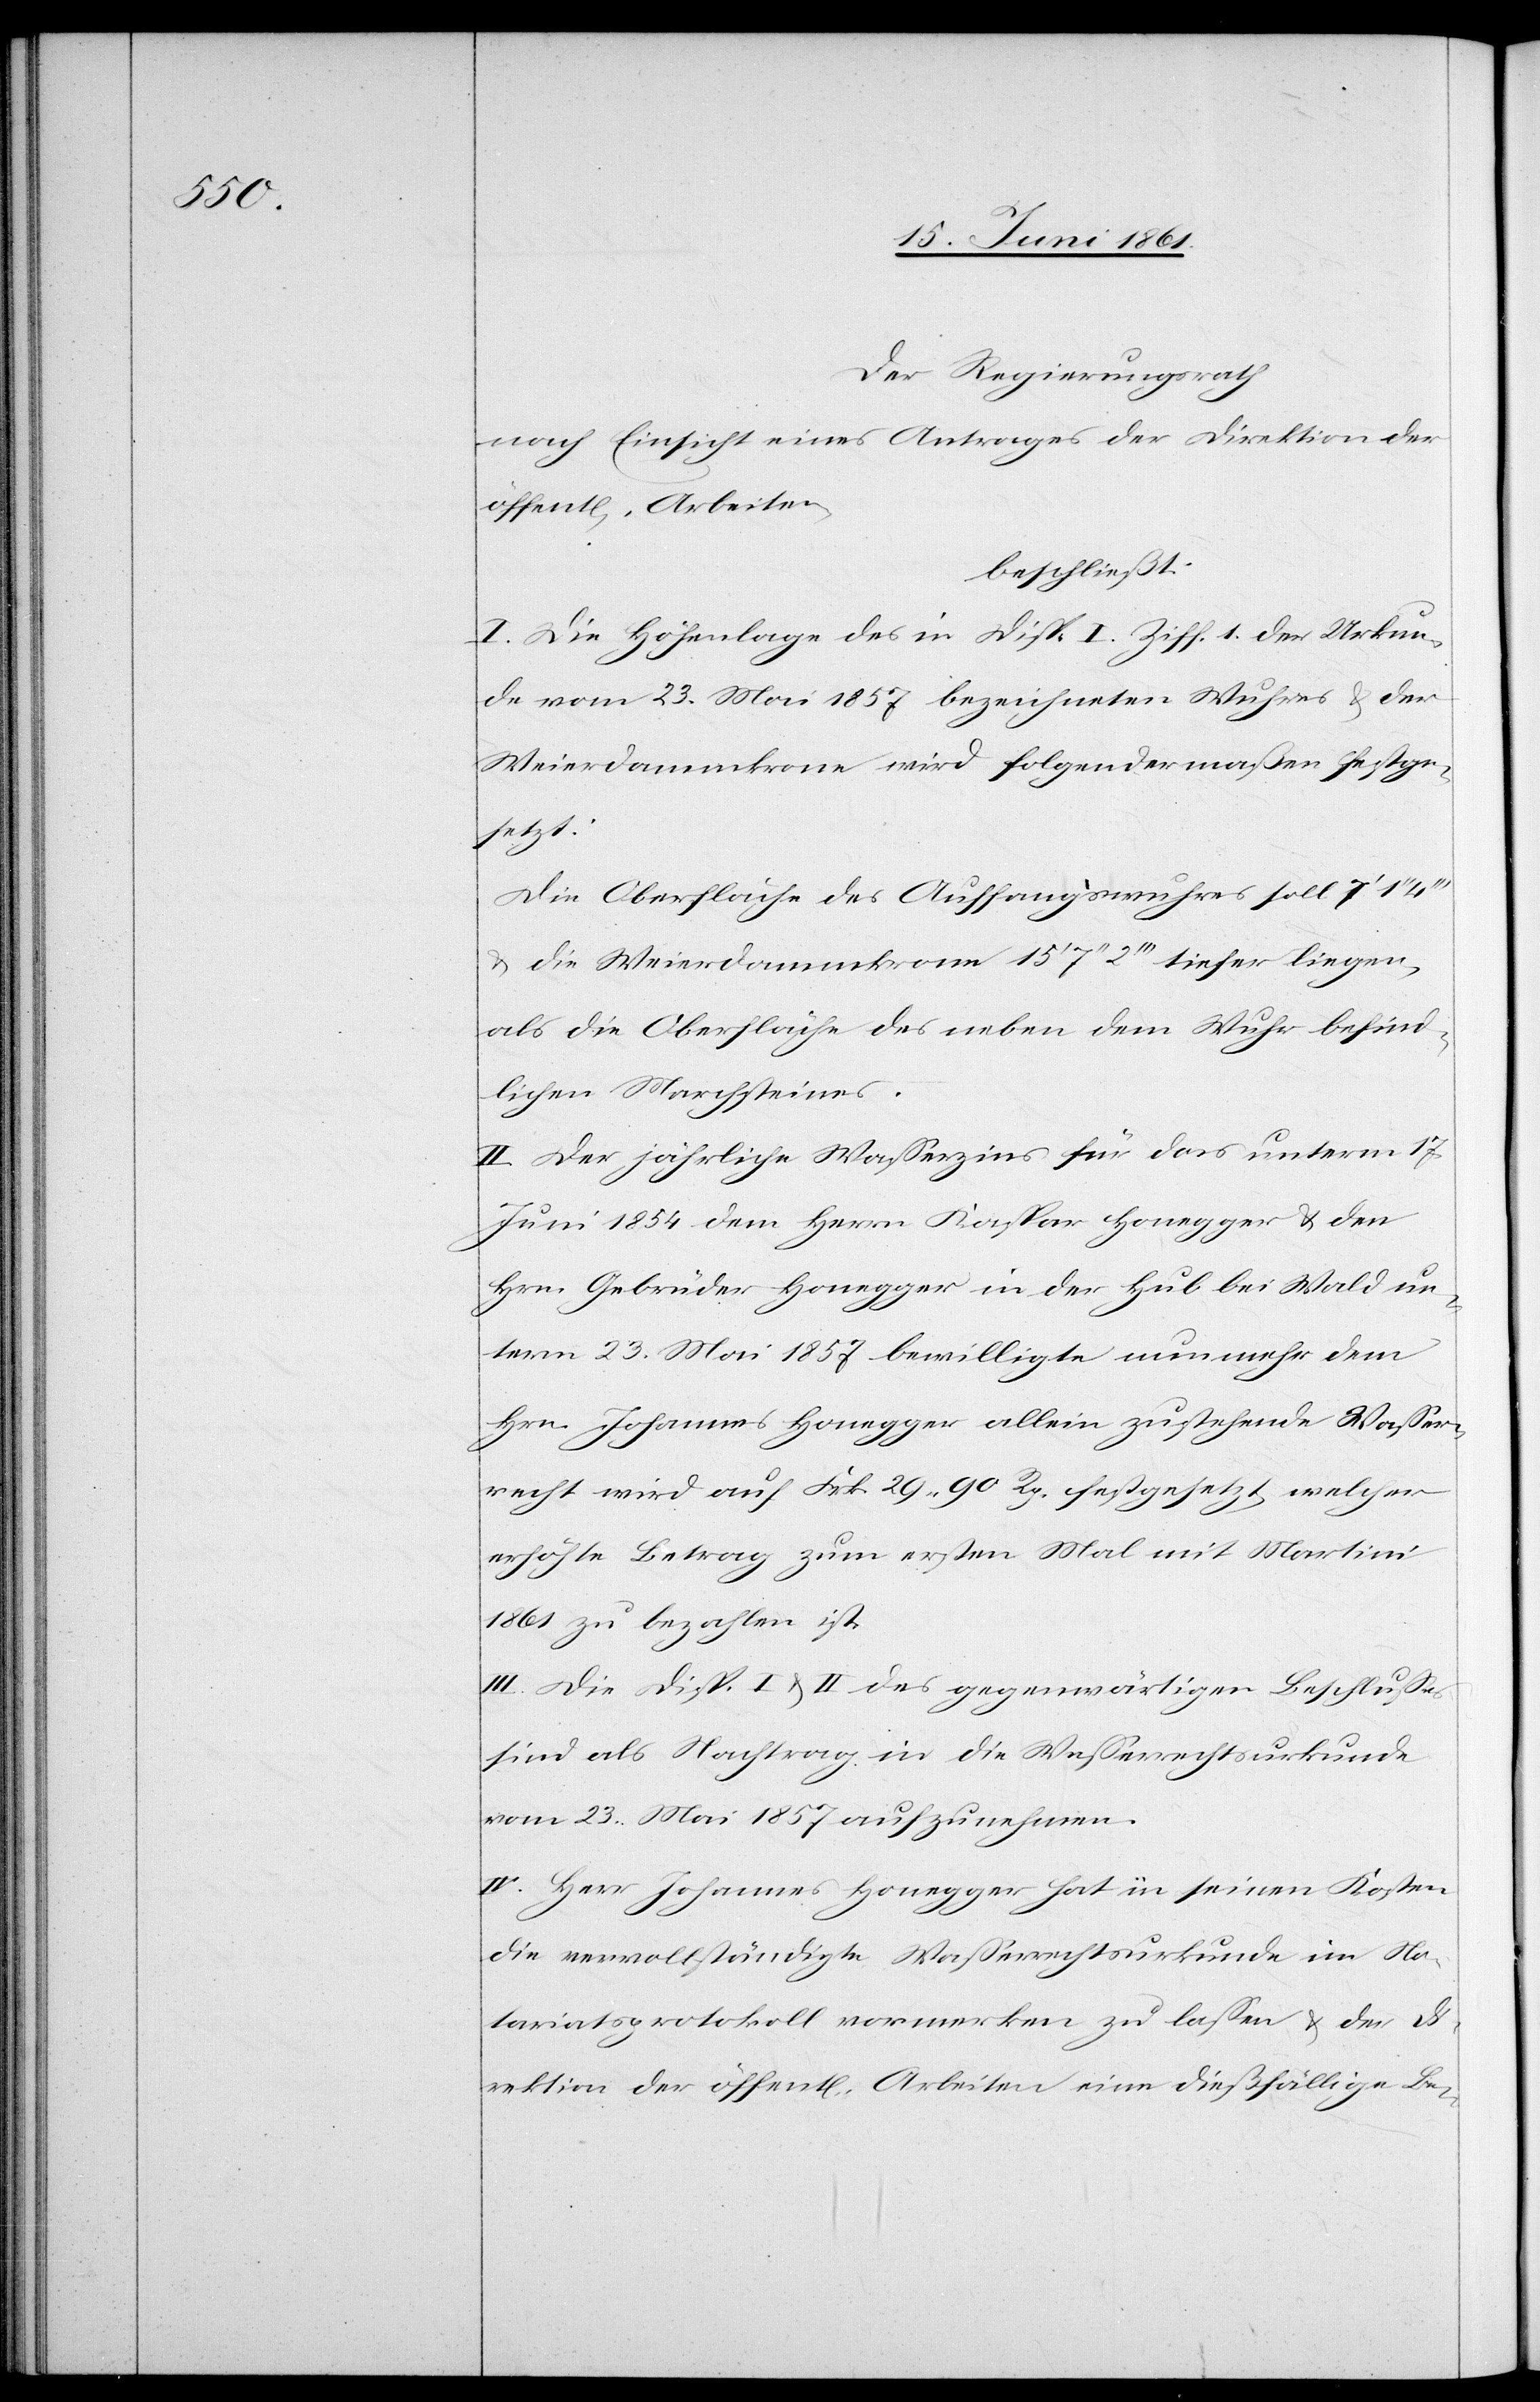
Der Regierungsrath
nach Einsicht eines Antrages der Direktion der
öffent[lichen] Arbeiten,
beschließt:
I. Die Höhenlage des in Disp. I. Ziff. 1 der Urkun¬
de vom 23. Mai 1857 bezeichneten Wuhres u. der
Weierdammkrone wird folgendermaßen festge¬
setzt:
Die Oberfläche des Auffangswuhres soll 7’ 1’’
u. die Weierdammkrone 15’ 7’’ 2’’’ tiefer liegen,
als die Oberfläche des neben dem Wuhr befind¬
lichen Marchsteines.
II. Der jährliche Wasserzins für das unterm 17.
Juni 1854 dem Herrn Kaspar Honegger u. den
Hrn. Gebrüder Honegger in der Hub bei Wald un¬
term 23. Mai 1857 bewilligte nunmehr dem
Hrn. Johannes Honegger allein zustehende Wasser¬
recht wird auf Frk. 29 90 Rp. festgesetzt, welcher
erhöhte Betrag zum ersten Mal mit Martini
1861 zu bezahlen ist.
III. Die Disp. I u. II des gegenwärtigen Beschlusses
sind als Nachtrag in die Wasserrechtsurkunde
vom 23. Mai 1857 aufzunehmen.
IV. Herr Johannes Honegger hat in seinen Kosten
die vervollständigte Wasserrechtsurkunde im No¬
tariatsprotokoll vormerken zu lassen u. der Di¬
rektion der öffent[lichen] Arbeiten eine dießfällige Be-